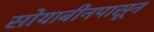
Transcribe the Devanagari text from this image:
सोयाबीनपासून